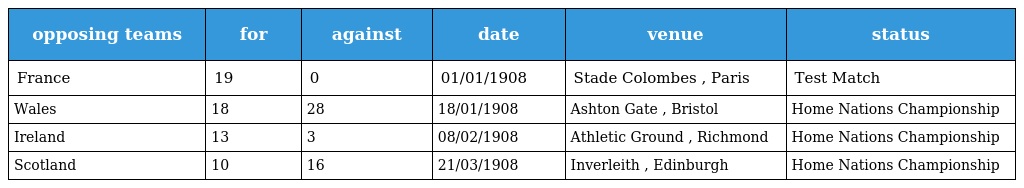
| opposing teams | for | against | date | venue | status |
 | --- | --- | --- | --- | --- | --- |
 | France | 19 | 0 | 01/01/1908 | Stade Colombes , Paris | Test Match |
 | Wales | 18 | 28 | 18/01/1908 | Ashton Gate , Bristol | Home Nations Championship |
 | Ireland | 13 | 3 | 08/02/1908 | Athletic Ground , Richmond | Home Nations Championship |
 | Scotland | 10 | 16 | 21/03/1908 | Inverleith , Edinburgh | Home Nations Championship |